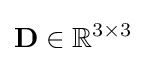
\mathbf {D} \in \mathbb {R} ^{3\times 3}